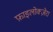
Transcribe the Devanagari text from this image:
फ़ाइलोक्ज़ेरा